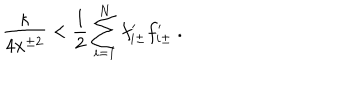
{ \frac { \kappa } { 4 x ^ { \pm 2 } } } < { \frac { 1 } { 2 } } \sum _ { i = 1 } ^ { N } f _ { i \pm } ^ { \prime } f _ { i \pm } ^ { \prime } \ .